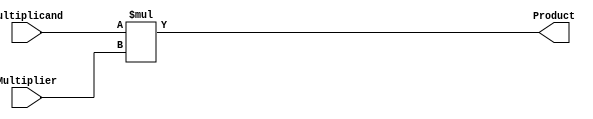
module MUL (
    input [7:0] Multiplicand,
    input [7:0] Multiplier,

    output [15:0] Product
);
    assign Product = Multiplicand * Multiplier;

endmodule